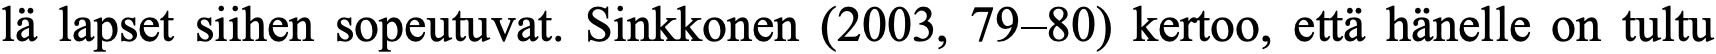
lä lapset siihen sopeutuvat. Sinkkonen (2003, 79–80) kertoo, että hänelle on tultu